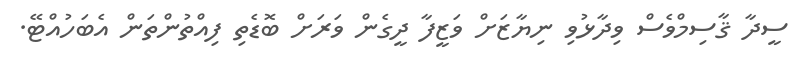
ސީދާ ޤާސިމްވެސް ވިދާޅުވި ނިޔާޒަށް ވަޒީފާ ދީގެން ވަރަށް ބޮޑެތި ފިއްތުންތަން އެބަހުއްޓޭ.